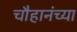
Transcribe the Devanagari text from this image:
चौहानंच्या